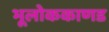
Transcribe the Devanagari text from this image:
भूलाेककाणड